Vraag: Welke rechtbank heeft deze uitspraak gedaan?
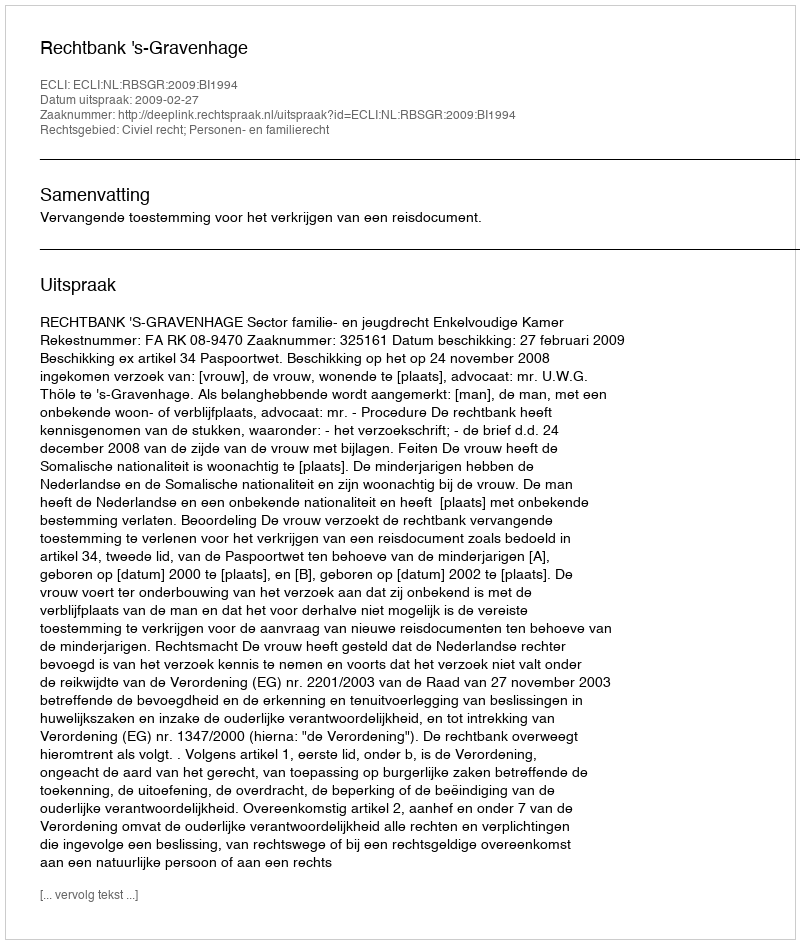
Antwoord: Rechtbank 's-Gravenhage